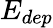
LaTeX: E_{dep}